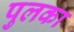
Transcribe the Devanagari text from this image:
पुलका